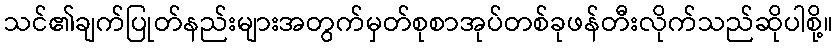
သင်၏ချက်ပြုတ်နည်းများအတွက်မှတ်စုစာအုပ်တစ်ခုဖန်တီးလိုက်သည်ဆိုပါစို့။